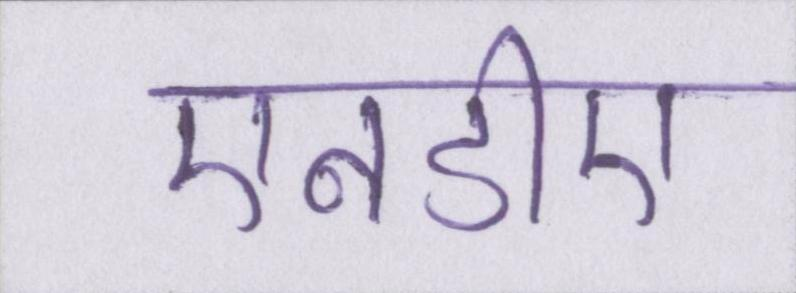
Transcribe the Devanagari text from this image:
एनडीए